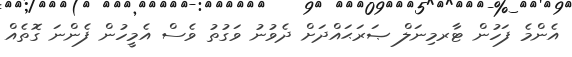
އެންމެ ފަހުން ޓާރމިނަލް ޞަރަޙައްދަށް ދެވުނު ވަގުތު ވެސް އެމީހުން ފެންނަ ގޮތެއް